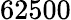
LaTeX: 62500